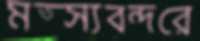
মত্স্যবন্দরে